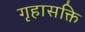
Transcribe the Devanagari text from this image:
गृहासक्ति